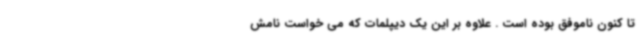
تا کنون ناموفق بوده است . علاوه بر این یک دیپلمات که می خواست نامش